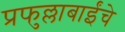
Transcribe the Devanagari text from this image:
प्रफुल्लाबाईंचे